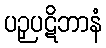
ပဉှပဋိဘာနံ